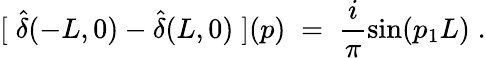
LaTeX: [\; \hat{\delta}(-L,0)-\hat{\delta}(L,0)\; ](p)\; =\; \frac{i}{\pi}\sin(p_{1}L)\; .